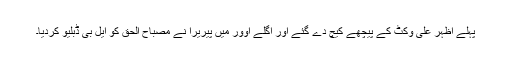
پہلے اظہر علی وکٹ کے پیچھے کیچ دے گئے اور اگلے اوور میں پیریرا نے مصباح الحق کو ایل بی ڈبلیو کردیا۔